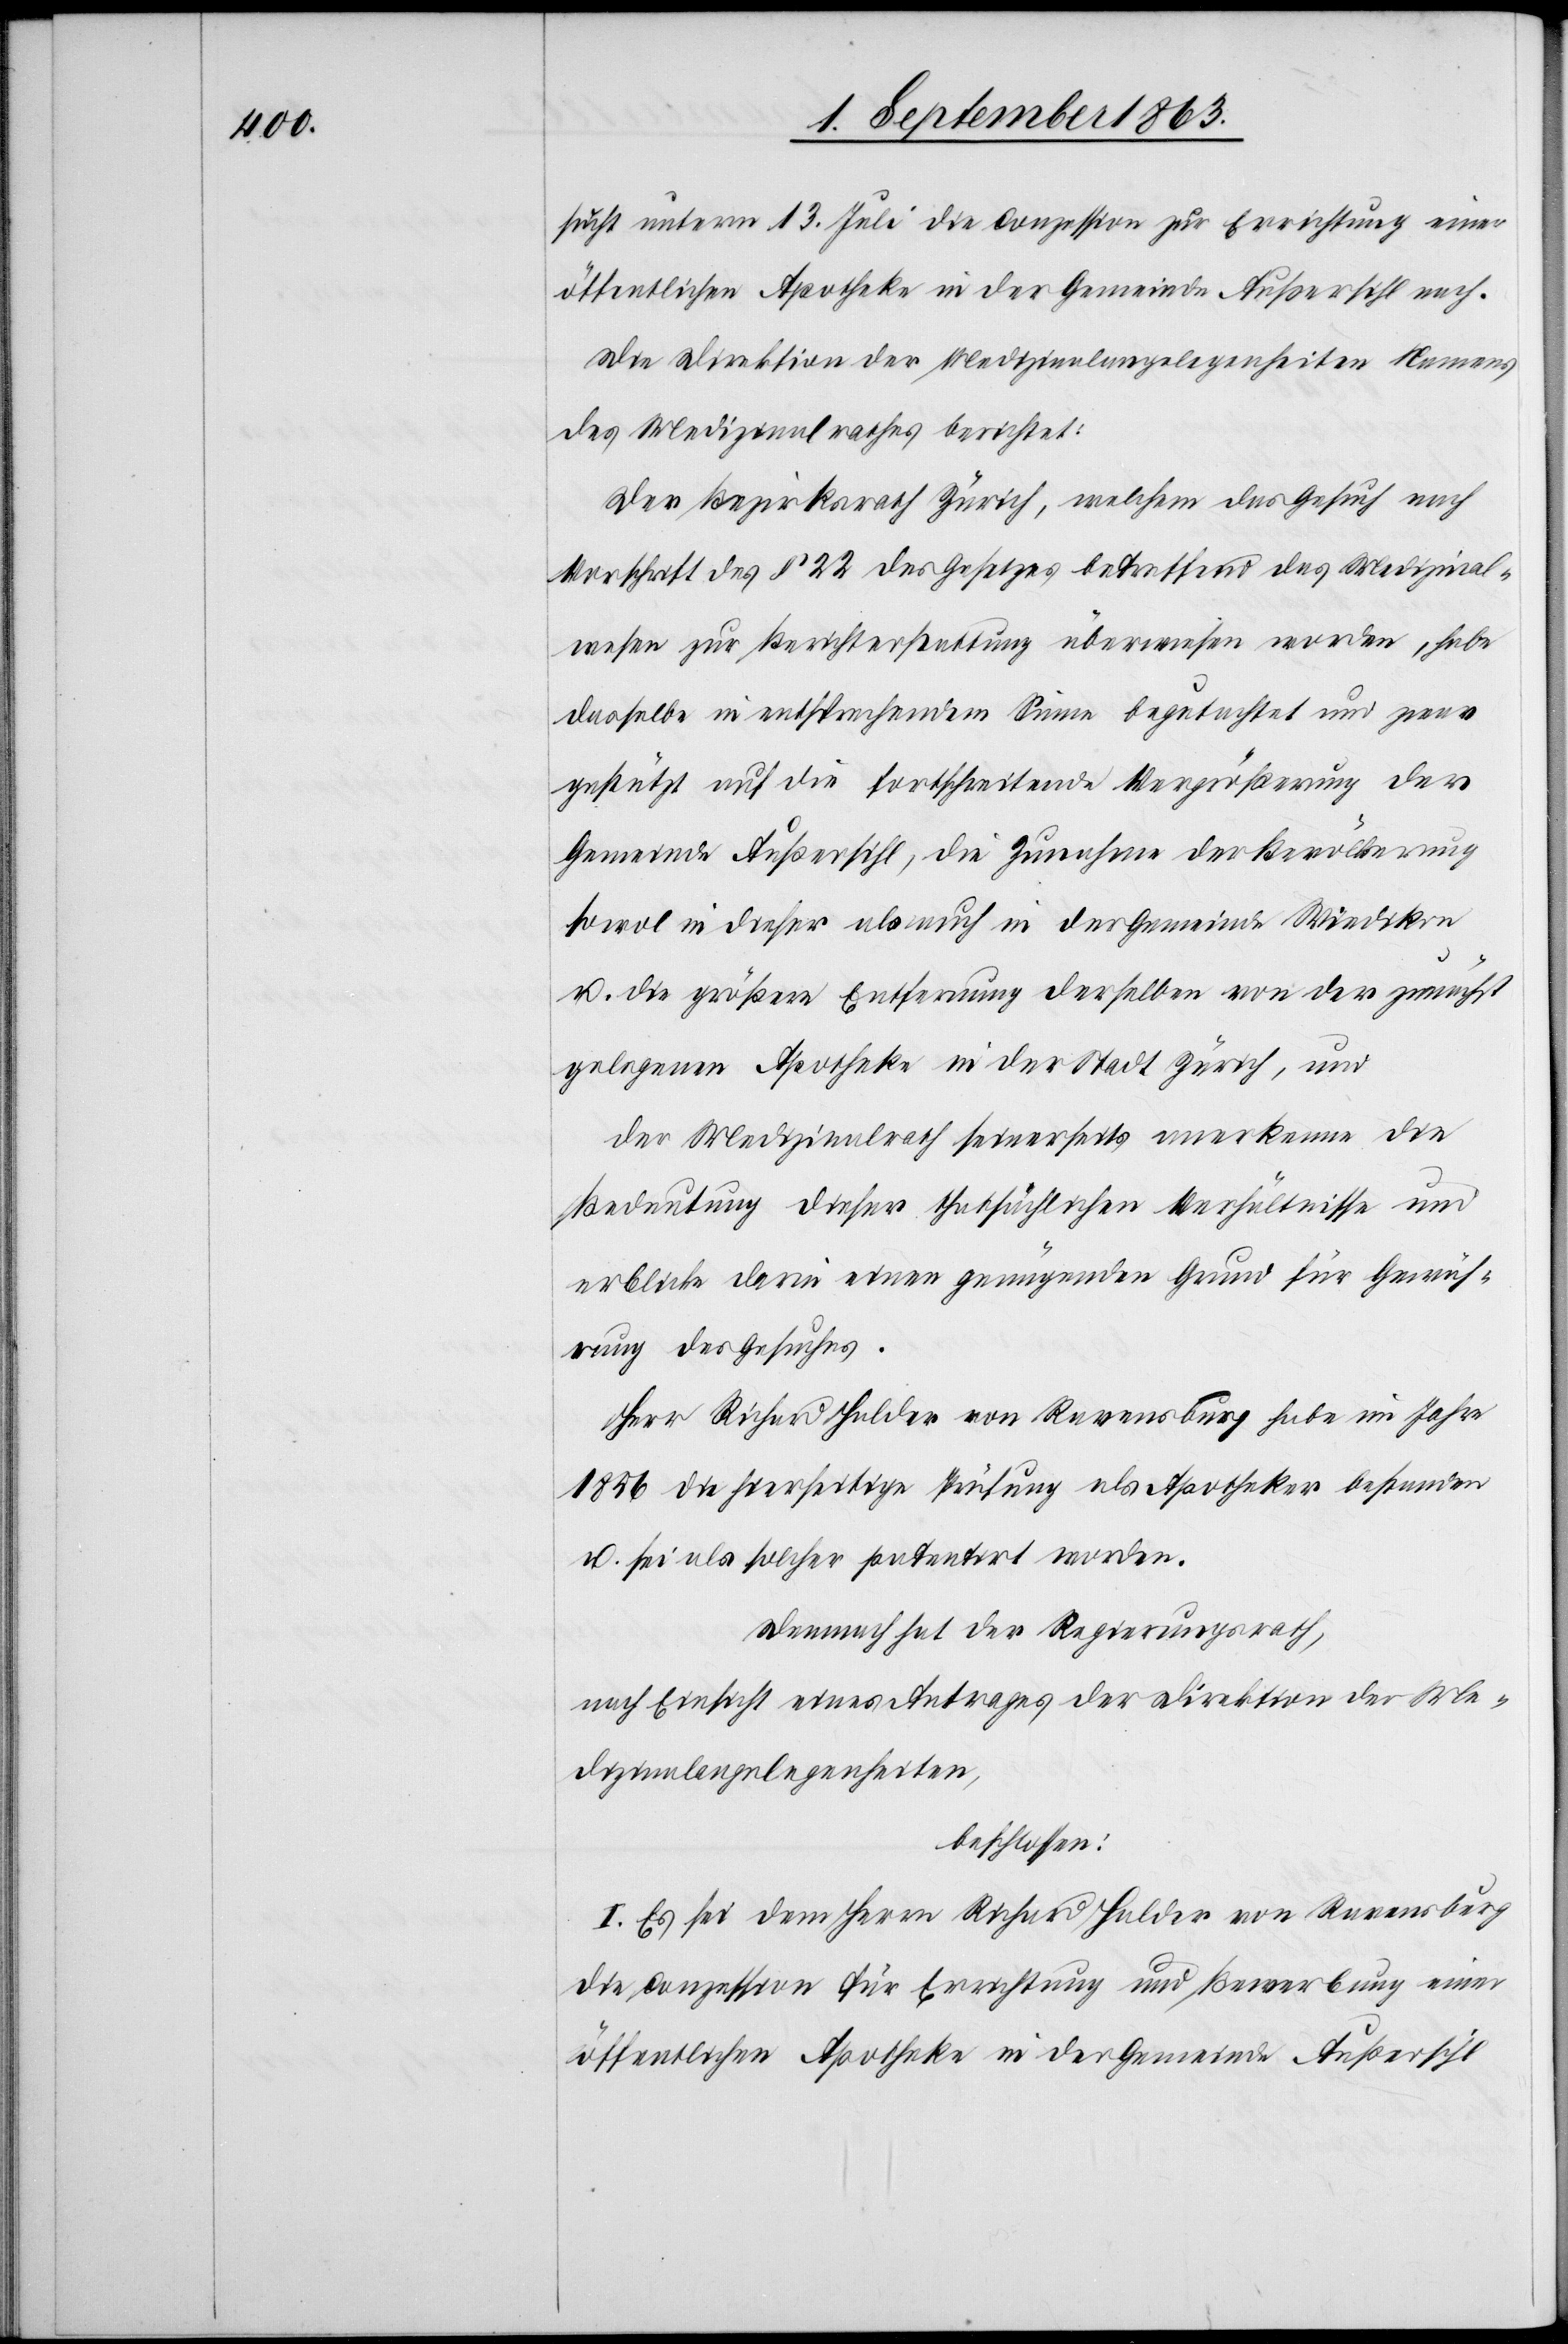
sucht unterm 13. Juli die Conzession zur Errichtung einer
öffentlichen Apotheke in der Gemeinde Außersihl nach.
Die Direktion der Medizinalangelegenheiten Namens
des Medizinalrathes berichtet:
Der Bezirksrath Zürich, welchem das Gesuch nach
Vorschrift des § 22 des Gesetzes betreffend das Medizinal¬
wesen zur Berichterstattung überwiesen worden, habe
dasselbe in entsprechendem Sinne begutachtet und zwar
gestützt auf die fortschreitende Vergrößerung der
Gemeinde Außersihl, die Zunahme der Bevölkerung
sowol in dieser als auch in der Gemeinde Wiedikon
u. die größere Entfernung derselben von der zunächst
gelegenen Apotheke in der Stadt Zürich, und
der Medizinalrath seinerseits anerkenne die
Bedeutung dieser thatsächlichen Verhältnisse und
erblicke darin einen genügenden Grund für Gewäh¬
rung des Gesuches.
Herr Richard Halder von Ravensburg habe im Jahre
1856 die hierseitige Prüfung als Apotheker bestanden
u. sei als solcher patentirt worden.
Demnach hat der Regierungsrath,
nach Einsicht eines Antrages der Direktion der Me¬
dizinalangelegenheiten,
beschlossen:
I. Es sei dem Herrn Richard Halder von Ravensburg
die Conzession für Errichtung und Bewerbung einer
öffentlichen Apotheke in der Gemeinde Außersihl